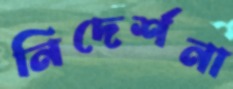
নিদের্শনা